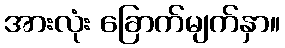
အားလုံး ခြောက်မျက်နှာ။